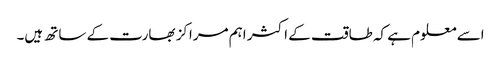
اسے معلوم ہے کہ طاقت کے اکثر اہم مراکز بھارت کے ساتھ ہیں۔